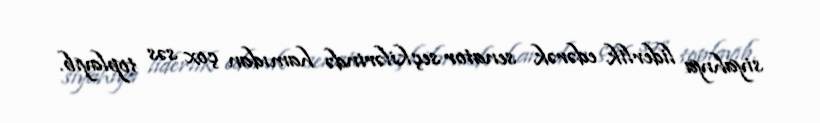
siyahıya liderlik edərək senator seçkilərində hamıdan çox səs toplayıb.